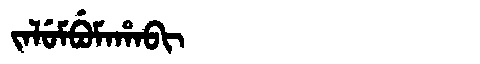
Manchu: ᠵᠠᠯᡠᠮᠪᡠᠮᠠᡥᠠᠪᡳ
Romanization: JALUMBUMAHABI